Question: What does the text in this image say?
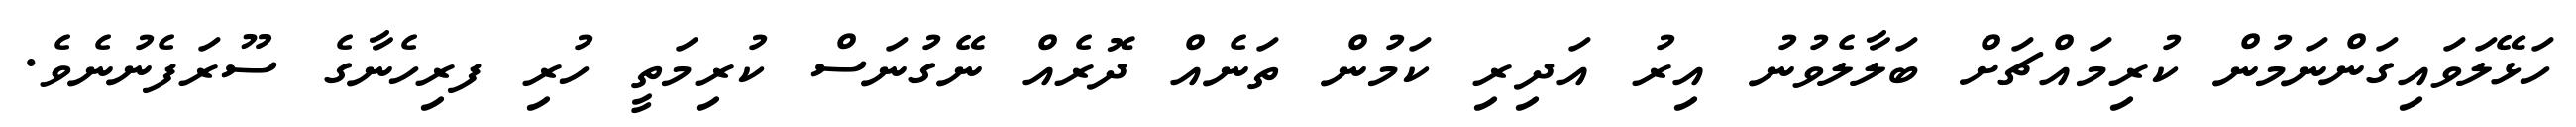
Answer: ހަޅޭލަވައިގަންނަމުން ކުރިމައްޗަށް ބަލާލެވުނު އިރު އަދިރި ކަމުން ތަނެއް ދޮރެއް ނޭގުނަސް ކުރިމަތީ ހުރި ފރިހެނާގެ ސޫރަފެނުނެވެ.